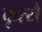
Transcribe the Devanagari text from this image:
कृत्यै